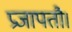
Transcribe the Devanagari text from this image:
प्रजापतौ।